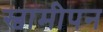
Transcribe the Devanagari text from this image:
स्वामीपन